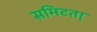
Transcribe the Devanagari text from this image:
समिटता्